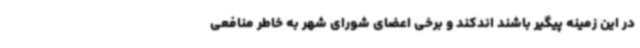
در این زمینه پیگیر باشند اندکند و برخی اعضای شورای شهر به خاطر منافعی